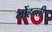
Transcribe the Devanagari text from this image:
मोंहन्ती